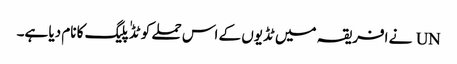
UN نے افریقہ میں ٹڈیوں کے اس حملے کو ٹڈٰ پلیگ کا نام دیا ہے۔